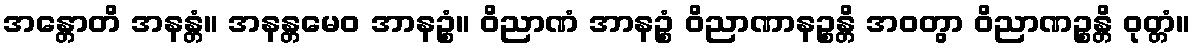
အန္တောတိ အနန္တံ။ အနန္တမေဝ အာနဉ္စံ။ ဝိညာဏံ အာနဉ္စံ ဝိညာဏာနဉ္စန္တိ အဝတွာ ဝိညာဏဉ္စန္တိ ဝုတ္တံ။